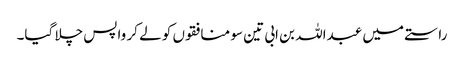
راستے میں عبداللہ بن ابی تین سو منافقوں کو لے کر واپس چلا گیا۔